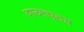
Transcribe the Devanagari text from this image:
वाउमधूनच